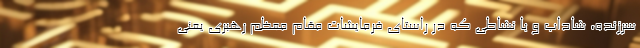
سرزنده، شاداب و با نشاطی که در راستای فرمایشات مقام معظم رهبری یعنی